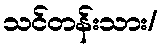
သင်တန်းသား/